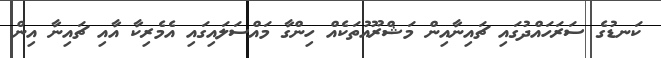
ކަނޑުގެ ސަރަހައްދުގައި ޗައިނާއިން މަޝްރޫއުތަކެއް ހިންގާ މައްސަލައިގައި އެމެރިކާ އާއި ޗައިނާ އިން